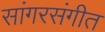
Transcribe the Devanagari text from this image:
सांगरसंगीत